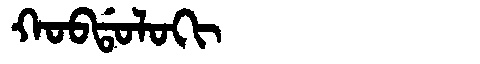
Manchu: ᡴᠣᠪᡩᠣᠯᠣᡴᡳ
Romanization: KOBDOLOKI